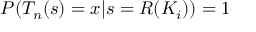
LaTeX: P ( T _ { n } ( s ) = x | s = R ( K _ { i } ) ) = 1